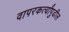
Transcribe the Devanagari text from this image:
वापरकर्त्यांपुढील